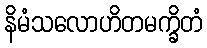
နိမံသလောဟိတမက္ခိတံ